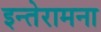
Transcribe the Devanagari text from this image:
इन्तेरामना